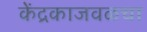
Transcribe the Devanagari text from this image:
केंद्रकाजवळचा